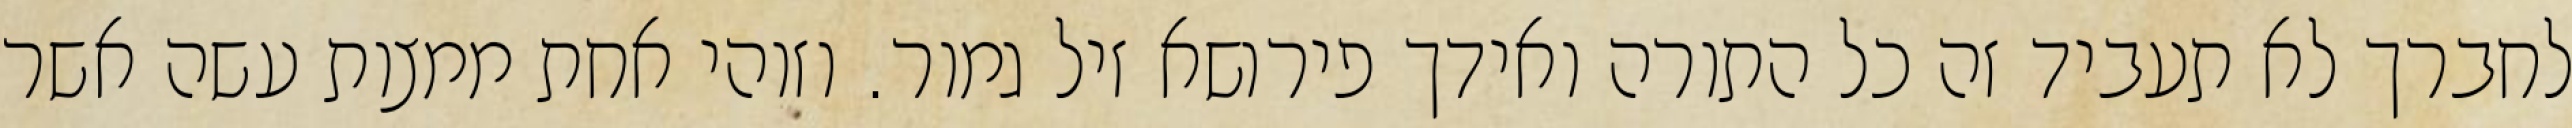
לחברך לא תעביד זה כל התורה ואידך פירושא זיל גמור. וזוהי אחת ממצות עשה אשר